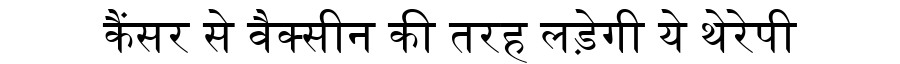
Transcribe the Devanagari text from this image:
कैंसर से वैक्सीन की तरह लड़ेगी ये थेरेपी